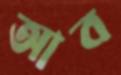
আব